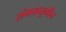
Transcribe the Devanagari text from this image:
संगमयुगीन